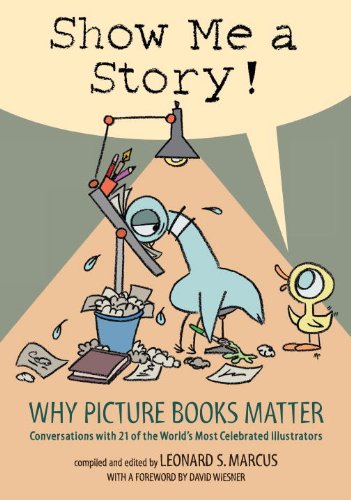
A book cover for Show Me a Story!: Why Picture Books Matter: Conversations with 21 of the World's Most Celebrated Illustrators; Teen & Young Adult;